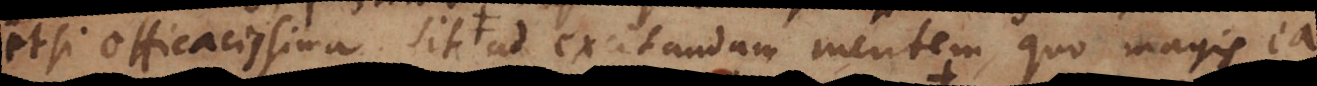
etsi efficacissima sit ad excitandam mentem, quo magis ea